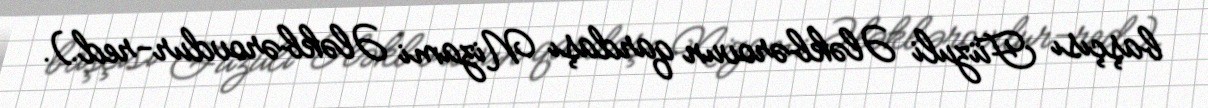
başçısı Füzuli Ələkbərovun qardaşı Nizami Ələkbərovdur-red.).